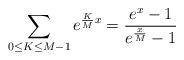
LaTeX: \begin{align*}\sum_{0\le K\le M-1}e^{\frac{K }{M}x}=\frac{e^x - 1}{e^{\frac{x}{M}}- 1 }\end{align*}